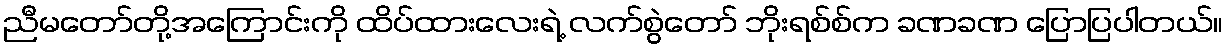
ညီမတော်တို့အကြောင်းကို ထိပ်ထားလေးရဲ့ လက်စွဲတော် ဘိုးရစ်စ်က ခဏခဏ ပြောပြပါတယ်။